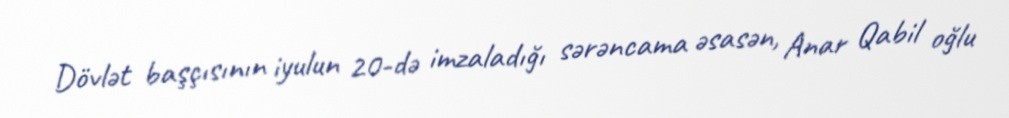
Dövlət başçısının iyulun 20-də imzaladığı sərəncama əsasən, Anar Qabil oğlu